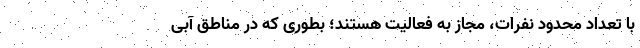
با تعداد محدود نفرات، مجاز به فعالیت هستند؛ بطوری که در مناطق آبی